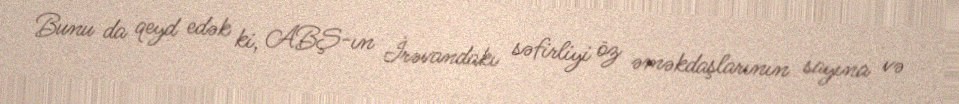
Bunu da qeyd edək ki, ABŞ-ın İrəvandakı səfirliyi öz əməkdaşlarının sayına və